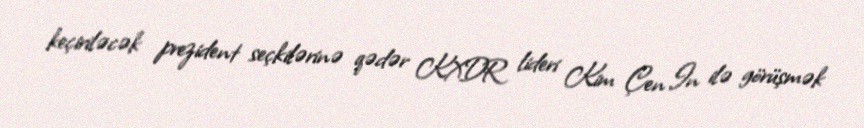
keçiriləcək prezident seçkilərinə qədər KXDR lideri Kim Çen In ilə görüşmək